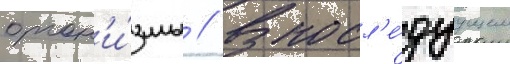
орган'и́змы // В посл'е́дуущем